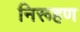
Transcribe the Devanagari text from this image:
निरूहण